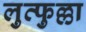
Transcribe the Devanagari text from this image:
लुत्फुल्ला